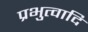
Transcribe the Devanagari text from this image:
प्रभुत्वादि